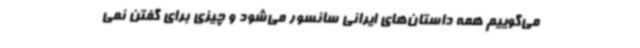
می‌گوییم همه داستان‌های ایرانی سانسور می‌شود و چیزی برای گفتن نمی